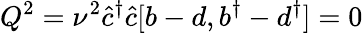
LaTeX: Q^{2}={\nu}^{2}\hat{c}^{\dagger}\hat{c}[b-d,b^{\dagger}-d^{\dagger}]=0